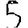
Digit: 5